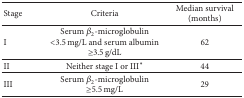
<table><thead><tr><td><b>Stage</b></td><td><b>Criteria</b></td><td><b>Median survival (months)</b></td></tr></thead><tbody><tr><td>I</td><td>Serum β<sub>2</sub>-microglobulin &lt;3.5 mg/L and serum albumin ≥3.5 g/dL</td><td>62</td></tr><tr><td>II</td><td>Neither stage I or III∗</td><td>44</td></tr><tr><td>III</td><td>Serum β<sub>2</sub>-microglobulin ≥5.5 mg/L</td><td>29</td></tr></tbody></table>